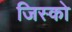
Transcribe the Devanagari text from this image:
जिस्को